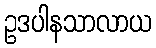
ဥဒပါနသာလာယ